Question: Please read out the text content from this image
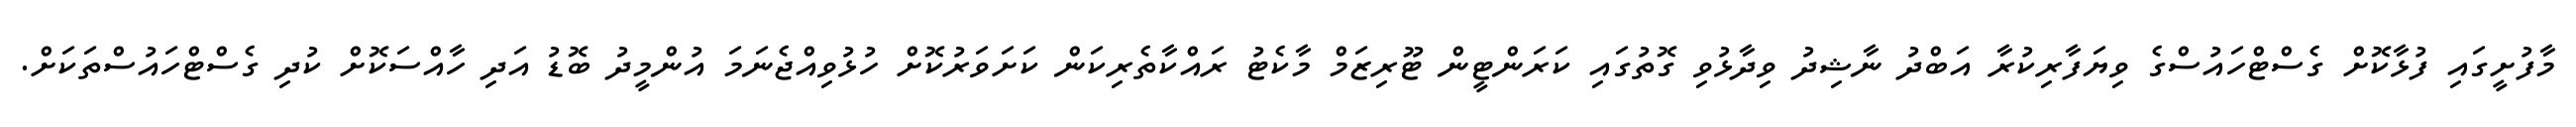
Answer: މާފުށީގައި ފުޅާކޮށް ގެސްޓްހައުސްގެ ވިޔަފާރިކުރާ އަބްދު ނާޝިދު ވިދާޅުވި ގޮތުގައި ކަރަންޓީން ޓޫރިޒަމް މާކެޓު ރައްކާތެރިކަން ކަށަވަރުކޮށް ހުޅުވިއްޖެނަމަ އުންމީދު ބޮޑު އަދި ހާއްސަކޮށް ކުދި ގެސްޓްހައުސްތަކަށް.